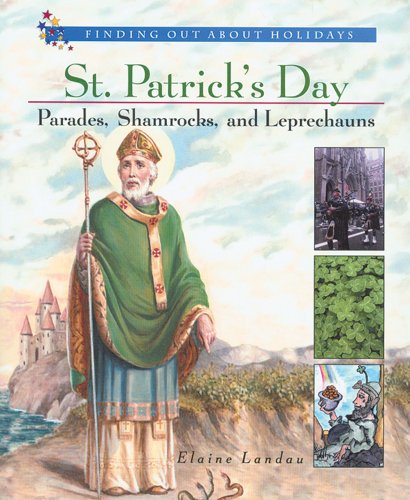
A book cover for St. Patrick's Day: Parades, Shamrocks, and Leprechauns (Finding Out about Holidays); Elaine Landau; Children's Books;